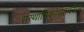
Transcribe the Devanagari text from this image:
संस्थानिकांच्यावरील